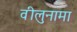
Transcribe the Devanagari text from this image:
वीलुनामा